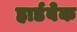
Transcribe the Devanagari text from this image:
हार्डबेक